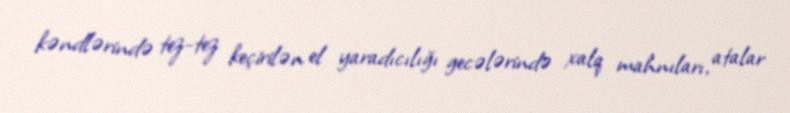
kəndlərində tez-tez keçirilən el yaradıcılığı gecələrində xalq mahnıları, atalar